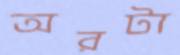
অরটা